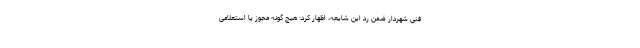
فنی شهردار ضمن رد این شایعه، اظهار کرد: هیچ گونه مجوز یا استعلامی